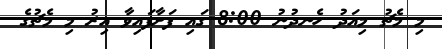
މި މެޗު މިއަދު ހެނދުނު 8:00 ގައި ފަށާފައިވާ އިރު މި މެޗުގެ